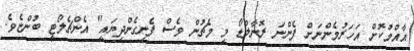
އާއްމުކޮށް އަހަރުމެންނަށް ފެންނަ ރޮނާލްޑޯ މި މެޗުން ވެސް ފެނިގެންދިޔައީ" އެންޗެލޯޓީ ބުންޏެވެ.